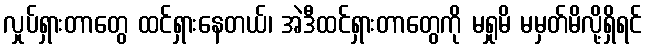
လှုပ်ရှားတာတွေ ထင်ရှားနေတယ်၊ အဲဒီထင်ရှားတာတွေကို မရှုမိ မမှတ်မိလို့ရှိရင်